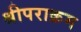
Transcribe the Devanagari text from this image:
श्रीपराक्रम